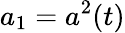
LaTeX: a_{1}=a^{2}(t)